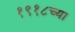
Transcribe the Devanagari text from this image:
१९१८च्या